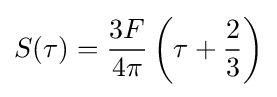
S(\tau )={\frac {3F}{4\pi }}\left(\tau +{\frac {2}{3}}\right)